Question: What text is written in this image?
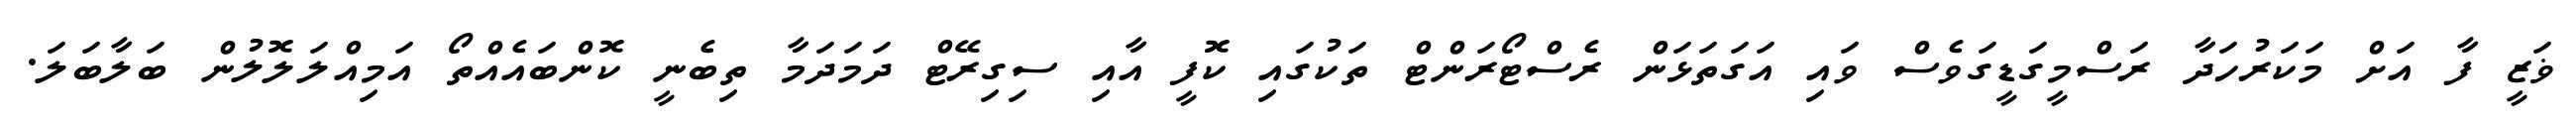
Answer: ޥަޒީ ފާ އަށް މަކަރުހަދާ ރަސްމީގަޑީގަވެސް ވައި އަގަތަޅަން ރެސްޓޯރަންޓް ތަކުގައި ކޮފީ އާއި ސިގިރޭޓް ދަމަދަމާ ތިބެނީ ކޮންބައެއްތޯ އަމިއްލަލޮލުން ބަލާބަލަ.